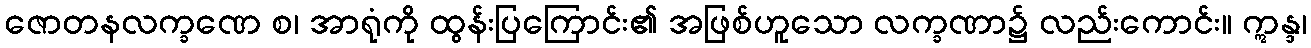
ဇောတနလက္ခဏေ စ၊ အာရုံကို ထွန်းပြကြောင်း၏ အဖြစ်ဟူသော လက္ခဏာ၌ လည်းကောင်း။ ဣန္ဒ၊